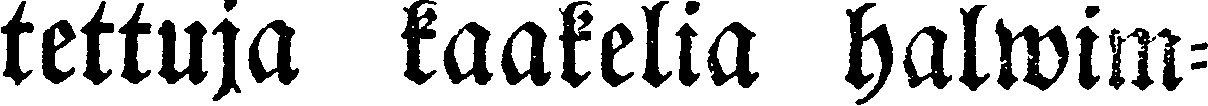
tettuja kaakelia halwim-